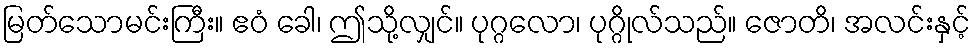
မြတ်သောမင်းကြီး။ ဧဝံ ခေါ၊ ဤသို့လျှင်။ ပုဂ္ဂလော၊ ပုဂ္ဂိုလ်သည်။ ဇောတိ၊ အလင်းနှင့်